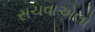
સચવાએલો